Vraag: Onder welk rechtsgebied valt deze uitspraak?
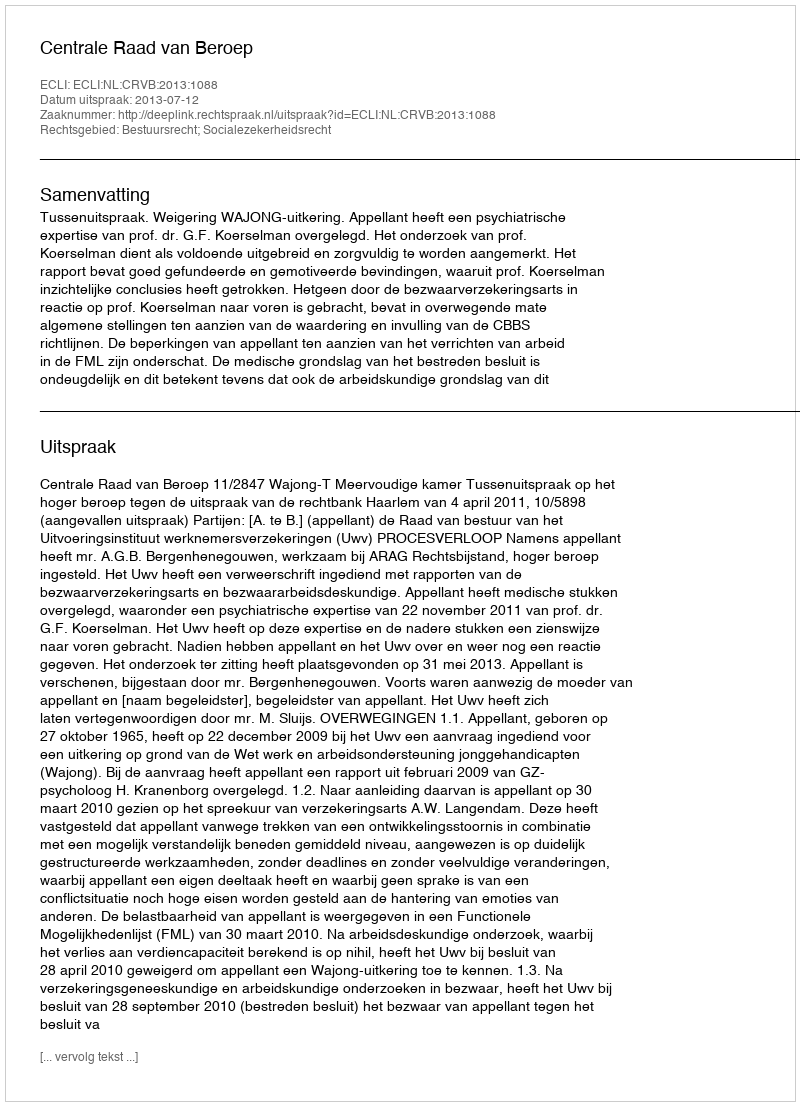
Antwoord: Bestuursrecht; Socialezekerheidsrecht